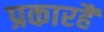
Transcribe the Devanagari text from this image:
प्रकारहैं